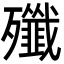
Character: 殲